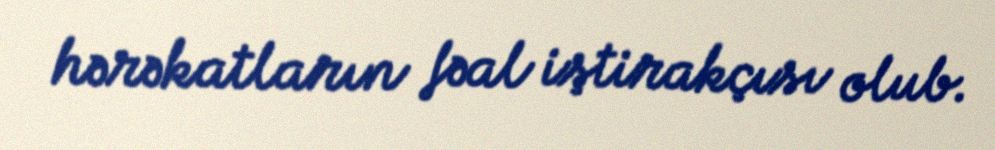
hərəkatların fəal iştirakçısı olub.